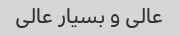
عالی و بسیار عالی